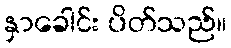
နှာခေါင်း ပိတ်သည်။